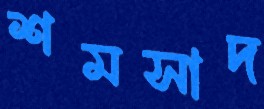
শমসাদ